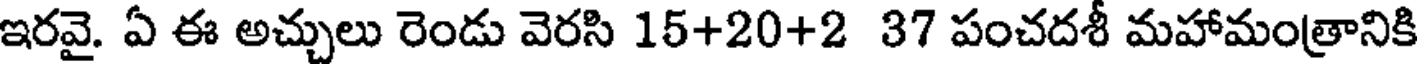
ఇరవై. ఏ ఈ అచ్చులు రెండు వెరసి 15+20+2 37 పంచదశీ మహామంత్రానికి